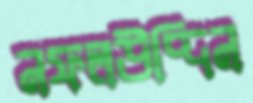
নফলউদ্দিন